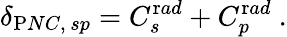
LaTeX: \delta_{\mathrm PNC,\, sp}=C_{s}^{\mathrm rad}+C_{p}^{\mathrm rad}~.